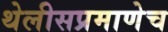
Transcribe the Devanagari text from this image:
थेलीसप्रमाणेच